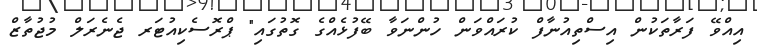
އިއްވޭ ފަރާތަކުން އިސްތިއުނާފް ކުރައްވަން ހުންނަވާ ބޭފުޅެއްގެ ގޮތުގައި" ޕްރޮސެކިއުޓަރ ޖެނެރަލް މުޖުތާޒް